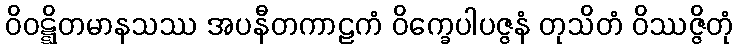
ဝိဝဋ္ဋိတမာနသဿ အပနီတကာဠကံ ဝိက္ခေပါပဇ္ဇနံ တုသိတံ ဝိဿဇ္ဇိတုံ